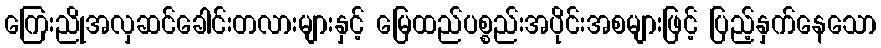
ကြေးညိုအလှဆင်ခေါင်းတလားများနှင့် မြေထည်ပစ္စည်းအပိုင်းအစများဖြင့် ပြည့်နှက်နေသော